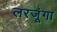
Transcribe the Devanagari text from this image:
लरजूंगा